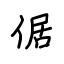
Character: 倨